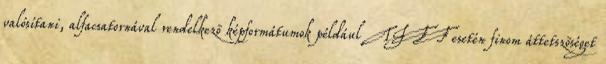
valósítani, alfacsatornával rendelkezõ képformátumok például TIFF esetén finom áttetszõséget